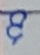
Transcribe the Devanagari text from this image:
ध